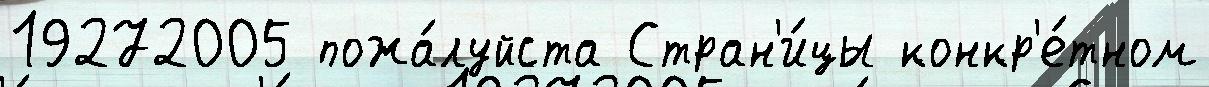
19272005 пожа́луйста Стран'и́цы конкр'е́тном